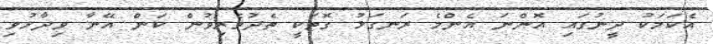
އެކަމަކު ދީނުގައި އޮންނަ އެންމެ ރަނގަޅު ގޮތަކީ ތެދުވެރިވުން ކަން އޭނާ ވިދާޅުވި